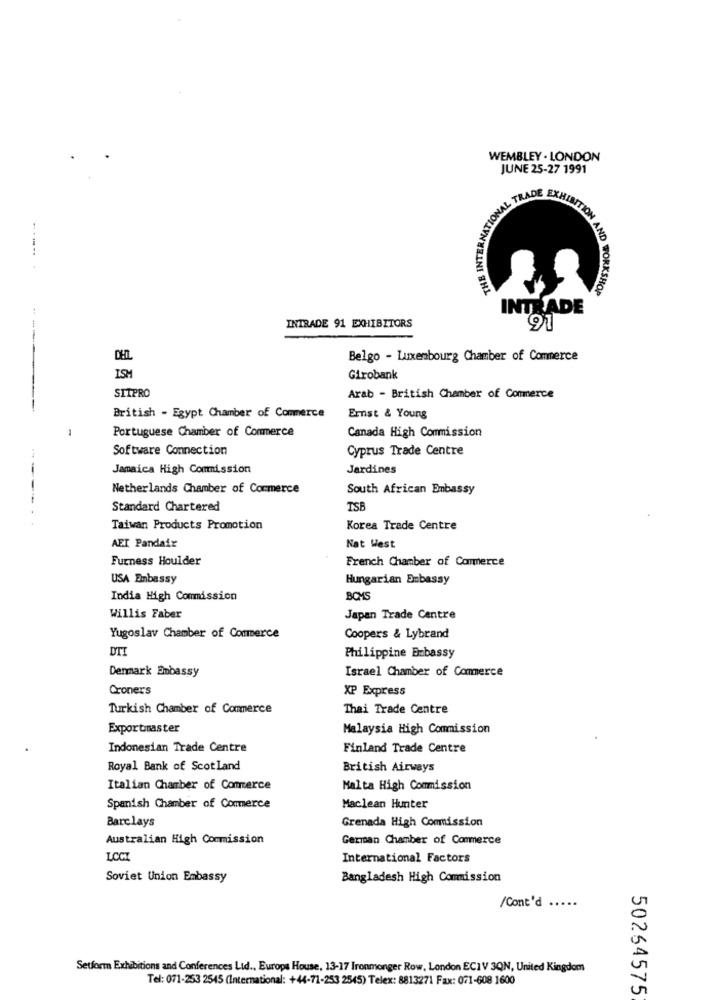
WEMBLEY . LONDON
JUNE 25-27 1991
THE INTERN
----.
AND WORKSHOP
INTRADE
INTRADE 91 EXHIBITORS
91
Belgo - Luxembourg Chamber of Commerce
ISH
Girobank
SITPRO
Arab - British Chamber of Commerce
British - Egypt Chamber of Commerce
Ernst & Young
Portuguese Chamber of Commerce
Canada High Commission
Software Connection
Cyprus Trade Centre
Jamaica High Commission
Jardines
Netherlands Chamber of Commerce
South African Embassy
Standard Chartered
TSB
Taiwan Products Promotion
Korea Trade Centre
AET Pandair
Nat West
Furness Houlder
French Chamber of Commerce
USA Embassy
Hungarian Embassy
India High Commission
BOMS
Willis Faber
Japan Trade Centre
Yugoslav Chamber of Commerce
Coopers & Lybrand
DIT
Philippine Embassy
Denmark Embassy
Israel Chamber of Commerce
Croners
XP Express
Turkish Chamber of Commerce
Thai Trade Centre
Exportmaster
Malaysia High Commission
Indonesian Trade Centre
Finland Trade Centre
Royal Bank of Scotland
British Airways
Italian Chamber of Comerce
Malta High Commission
Spanish Chamber of Commerce
Maclean Hunter
Barclays
Grenada High Commission
Australian High Commission
German Chamber of Commerce
LCCT
International Factors
Soviet Union Embassy
Bangladesh High Commission
/Cont'd .....
Setform Exhibitions and Conferences Ltd ., Europa House, 13-17 Ironmonger Row, London ECIV 3QN, United Kingdom
Tel: 071-253 2545 (International: +44-71-253 2545) Telex: 8813271 Fax: 071-608 1600
50264575